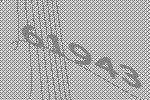
61943